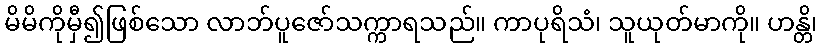
မိမိကိုမှီ၍ဖြစ်သော လာဘ်ပူဇော်သက္ကာရသည်။ ကာပုရိသံ၊ သူယုတ်မာကို။ ဟန္တိ၊